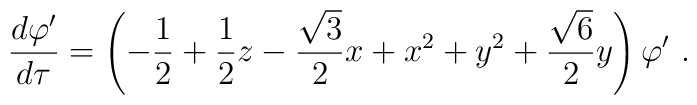
\frac{d\varphi'}{d\tau} = \left(-\frac12 + \frac12z -  \frac{\sqrt{3}}{2}x + x^2 + y^2 +  \frac{\sqrt6}{2}y\right)\varphi' \ .